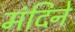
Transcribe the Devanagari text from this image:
मंदिने